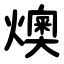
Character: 燠